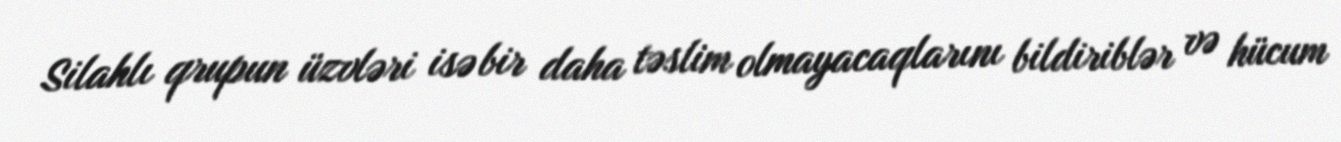
Silahlı qrupun üzvləri isə bir daha təslim olmayacaqlarını bildiriblər və hücum